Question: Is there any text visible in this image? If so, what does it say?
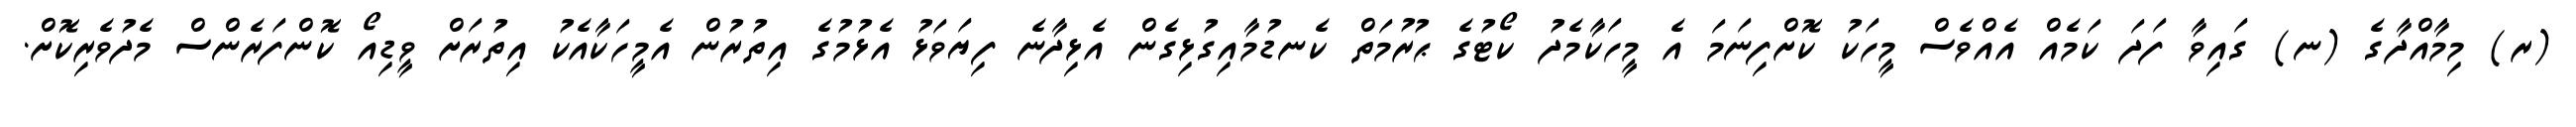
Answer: (ރ) މިމާއްދާގެ (ނ) ގައިވާ ފަދަ ކަމެއް އެއްވެސް މީހަކު ކޮށްފިނަމަ އެ މީހަކާމެދު ކޯޓުގެ ޙުރުމަތް ކެނޑުމާއިގުޅިގެން އެޅިދާނެ ފިޔަވަޅު އެޅުމުގެ އިތުރުން އެމީހަކާއެކު އިތުރަށް ވީޑިއޯ ކޮންފަރެންސް މެދުވެރިކޮށް.